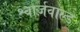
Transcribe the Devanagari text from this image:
श्वार्ज़वाल्ड